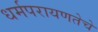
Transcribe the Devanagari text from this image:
धर्मपरायणतेचे